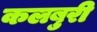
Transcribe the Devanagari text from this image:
कलबुरी